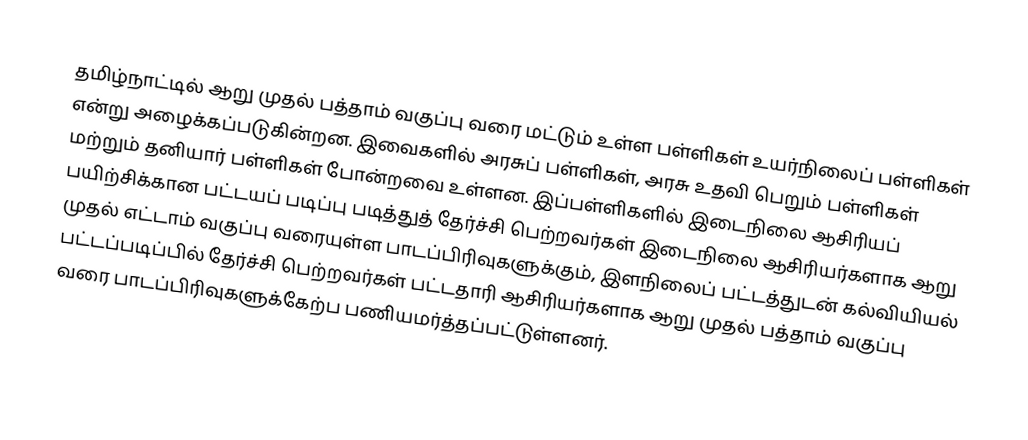
தமிழ்நாட்டில் ஆறு முதல் பத்தாம் வகுப்பு வரை மட்டும் உள்ள பள்ளிகள் உயர்நிலைப் பள்ளிகள் என்று அழைக்கப்படுகின்றன. இவைகளில் அரசுப் பள்ளிகள், அரசு உதவி பெறும் பள்ளிகள் மற்றும் தனியார் பள்ளிகள் போன்றவை உள்ளன. இப்பள்ளிகளில் இடைநிலை ஆசிரியப் பயிற்சிக்கான பட்டயப் படிப்பு படித்துத் தேர்ச்சி பெற்றவர்கள் இடைநிலை ஆசிரியர்களாக ஆறு முதல் எட்டாம் வகுப்பு வரையுள்ள பாடப்பிரிவுகளுக்கும், இளநிலைப் பட்டத்துடன் கல்வியியல் பட்டப்படிப்பில் தேர்ச்சி பெற்றவர்கள் பட்டதாரி ஆசிரியர்களாக ஆறு முதல் பத்தாம் வகுப்பு வரை பாடப்பிரிவுகளுக்கேற்ப பணியமர்த்தப்பட்டுள்ளனர்.